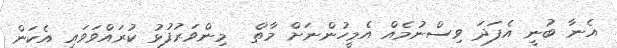
އެނާ ބުނީ އެފަދަ ވިސްނުމެއް އެމީހުންނަށް މާތް  މިންވަރުފުޅު ކުރައްވަވައި އެކަން